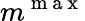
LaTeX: m^{\mathrm{~m~a~x~}}